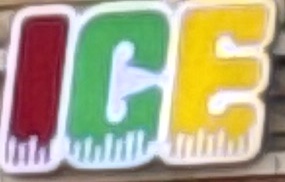
ICE